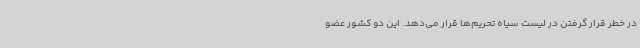
در خطر قرار گرفتن در لیست سیاه تحریم‌ها قرار می‌دهد. این دو کشور عضو